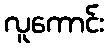
လူကောင်း